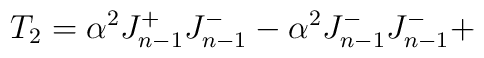
T_2 = \alpha ^2 J^+_{n-1} J^-_{n-1}   - \alpha ^2 J^-_{n-1}  J^-_{n-1}  +